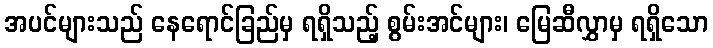
အပင်များသည် နေရောင်ခြည်မှ ရရှိသည့် စွမ်းအင်များ၊ မြေဆီလွှာမှ ရရှိသော